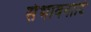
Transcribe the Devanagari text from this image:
संभावनादि